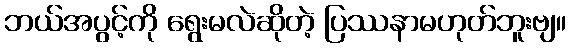
ဘယ်အပွင့်ကို ရွေးမလဲဆိုတဲ့ ပြဿနာမဟုတ်ဘူးဗျ။